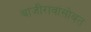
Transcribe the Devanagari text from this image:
बाजीरावांसोबत